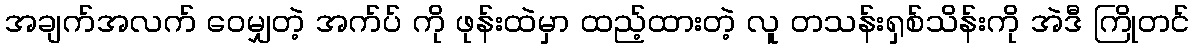
အချက်အလက် ဝေမျှတဲ့ အက်ပ် ကို ဖုန်းထဲမှာ ထည့်ထားတဲ့ လူ တသန်းရှစ်သိန်းကို အဲဒီ ကြိုတင်